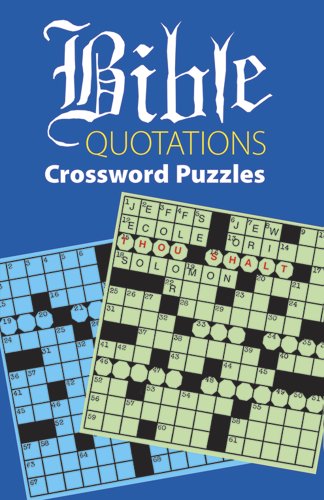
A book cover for Bible Quotations Crossword Puzzles; Boris Randolph; Christian Books & Bibles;